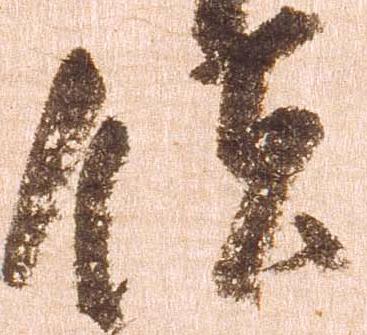
領